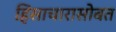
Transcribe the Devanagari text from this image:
हिंसाचारासोबत